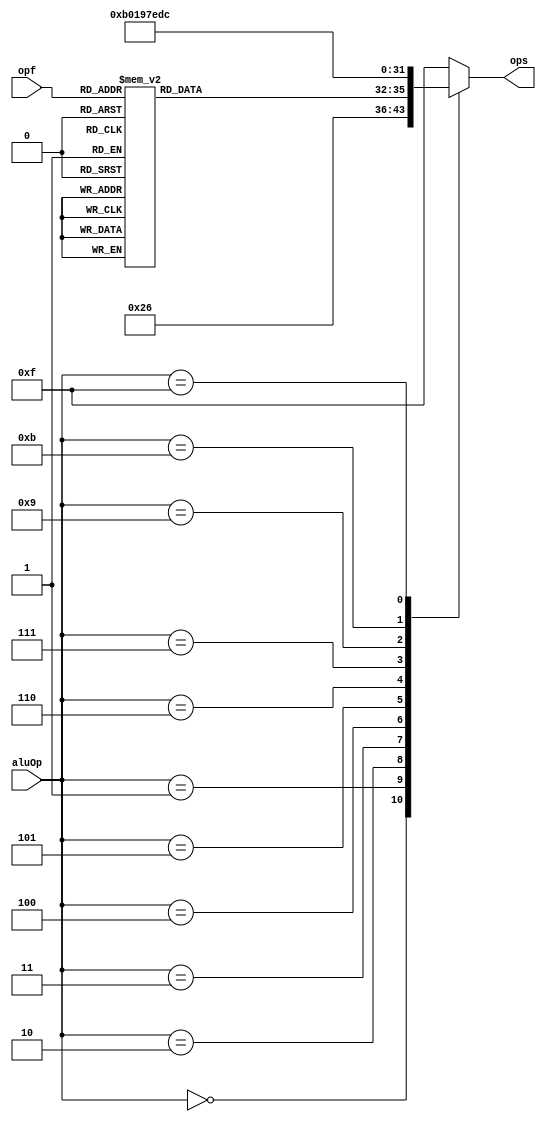
module ALUCONTROL(
	input [5:0] opf,//func
	input [3:0] aluOp,
	output reg [3:0] ops//selector de la alu
);

always @*
begin
	case(aluOp)
		4'b0000://instrucciones sw y lw,addi, no importa el func
			ops = 4'b0010;//suma
		4'b0001://branchEqual, no importa func
			ops = 4'b0110;//resta
		4'b0010://tipo r
		begin
			case(opf)//func = selector
				6'b000000: ops = 4'b1111;//no operation
				6'b100100: ops = 4'b0000;//&
				6'b100101: ops = 4'b0001;//|
				6'b100000: ops = 4'b0010;//+
				6'b100001: ops = 4'b0010;//+U
				6'b011011: ops = 4'b0011;//%
				6'b100111: ops = 4'b0100;//nor
				6'b000010: ops = 4'b0101;//*
				6'b100010: ops = 4'b0110;//-
				6'b100011: ops = 4'b0110;//-U
				6'b011010: ops = 4'b1000;// /
				6'b101010: ops = 4'b1001;//slt
				6'b101011: ops = 4'b1001;//sltU
				default: ops = 4'b1111;//x
			endcase
		end
		4'b0011://branchGEZ, no importa func
			ops=4'b1011;//a >= 0
		4'b0100://andi
			ops=4'b0000;
		4'b0101://ori
			ops=4'b0001;
		4'b0110://slti
			ops=4'b1001;
		4'b0111://xori
			ops=4'b0111;
		4'b1000://b
			ops=4'b1111;
		4'b1001://lui
			ops=4'b1110;
		4'b1011://bne
			ops=4'b1101;
		4'b1111://bitswap
			ops=4'b1100;
		default: ops=4'b1111;
	endcase
end

endmodule